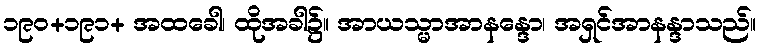
၁၉၀+၁၉၁+ အထခေါ၊ ထိုအခါ၌။ အာယသ္မာအာနန္ဒော၊ အရှင်အာနန္ဒာသည်။